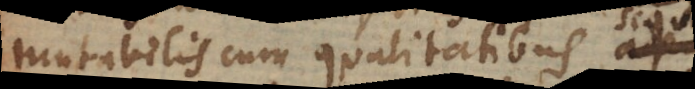
mutabilis cum qualitatibus